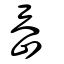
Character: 岙